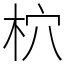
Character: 柼